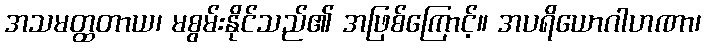
အသမတ္ထတာယ၊ မစွမ်းနိုင်သည်၏ အဖြစ်ကြောင့်။ အပရိယောဂါဟဏာ၊